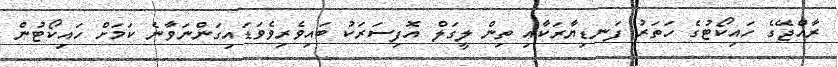
ރާއްޖޭގެ ހައިކޯޓުގެ ހަތަރު ފަނޑިޔާރަކާއި ތިން ލީގަލް އޮފިސަރަކު ބައިވެރިވެވަޑައިގަންނަވާނެ ކަމަށް ހައިކޯޓުން